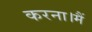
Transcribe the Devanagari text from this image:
करना।मैं